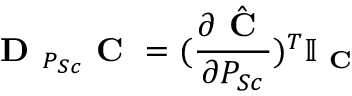
\textbf { D } _ { P _ { S c } } \textbf { C } = ( \frac { \partial \hat { \textbf { C } } } { \partial P _ { S c } } ) ^ { T } \mathbb { I } _ { \textbf { C } }